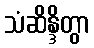
သံဆိန္ဒိတွာ